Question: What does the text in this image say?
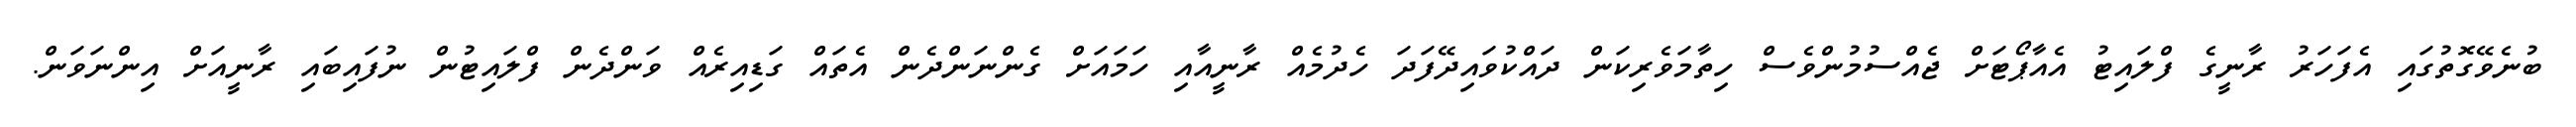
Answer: ބުނެވޭގޮތުގައި އެފަހަރު ރާނީގެ ފްލައިޓު އެއާޕޯޓަށް ޖެއްސުމުންވެސް ހިތާމަވެރިކަން ދައްކުވައިދޭފަދަ ހެދުމެއް ރާނީއާއި ހަމައަށް ގެންނަންދެން އެތައް ގަޑިއިރެއް ވަންދެން ފްލައިޓުން ނުފައިބައި ރާނީއަށް އިންނަވަން.